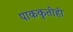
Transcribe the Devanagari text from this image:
पाककृतीही